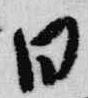
日